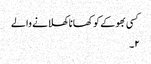
کسی بھوکے کو کھانا کھلانے والے
۲۔